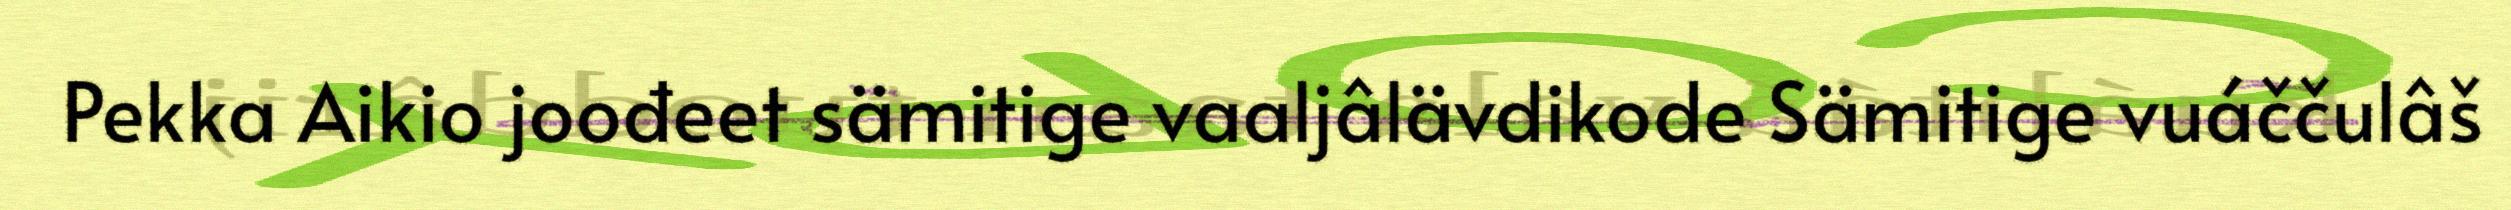
Pekka Aikio joođeet sämitige vaaljâlävdikode Sämitige vuáččulâš